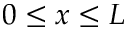
0 \le x \le L